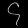
Digit: ၄